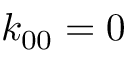
k _ { 0 0 } = 0